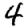
Digit: 4